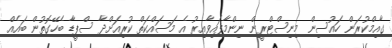
ގާއިމްކުރަން ހައުސިން މިނިސްޓްރީން ނިންމާފައިވާއިރު އެ މަސައްކަތް ކުރިއަށްދާ ސްޕީޑާ ބެހޭގޮތުން ބައެއް